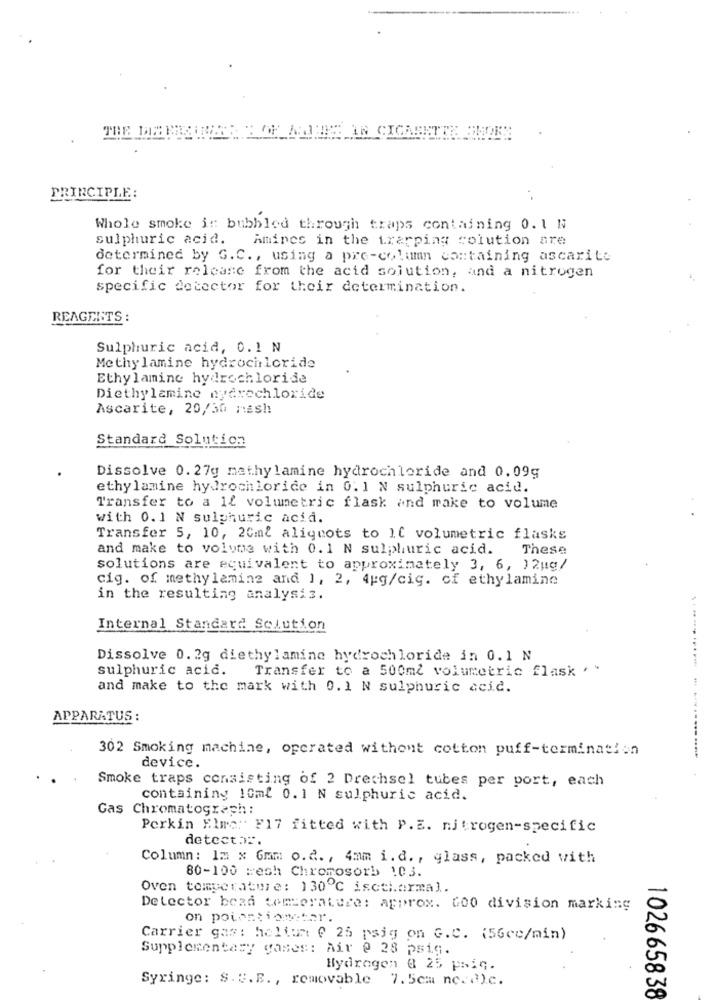
THE DIE RELATIVER Y OF ALLTIME AN CIGARETTE SMOKE
PRINCIPLE:
Whole smoke it bubbled through traps containing 0. 1 N
sulphuric acid.
Amines in the trapping solution are
determined by G.C ., using a pre-column containing ascarite
for their release from the acid solution, and a nitrogen
specific detector for their determination.
REAGENTS :
Sulphuric acid, 0.1 N
Methylamine hydrochloride
Ethylamine hydrochloride
Diethylamine nyerechloride
Ascarite, 20/30 mash
Standard Solution
Dissolve 0. 27g mathylamine hydrochloride and 0.09g
ethylamine hydrochloride in 0. 1 N sulphuric acid.
Transfer to a 1l volumetric flask and make to volume
with 0.1 N sulphuric acid.
Transfer 5, 10, 20ml aliquots to Il volumetric flasks
and make to volume with 0.1 N sulphuric acid.
These
solutions are equivalent to approximately 3, 6, 12mg/
cig. of methylamine and 1, 2, 4pg/cig. of ethylamine
in the resulting analysis.
Internal Standard Solution
Dissolve 0.2g diethylamine hydrochloride in 0.1 N
sulphuric acid.
Transfer to a 500ml volumetric flask ' '
and make to the mark with 0.1 N sulphuric acid.
-----------
APPARATUS :
302 Smoking machine, operated withont cotton puff-termination
device.
Smoke traps consisting of 2 Drechsel tubes per port, each
containing 10ml 0.1 N sulphuric acid.
Gas Chromatograph :
Perkin Elre: F17 fitted with P. E. nitrogen-specific
detect.".
Column: Im x Gmm o. d. , 4mm i.d ., glass, packed with
80-100 :esh Chromosorb 103.
Oven temperature: 130℃ iscti.ormal.
Delector bead temcernture: approx. 600 division marking
on potention:tar.
Carrier gas: holtum ( 25 psig on G.C. (56cc/min)
Supplementary games: Air @ 28 psig.
Hydrogen # 25 psic.
Syringe: S. C. E ., removable 7.5cm nc.().c.
102665838